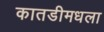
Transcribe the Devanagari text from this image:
कातडीमधला